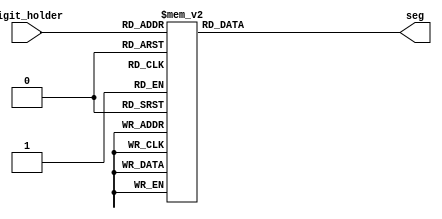
`timescale 1ns / 1ps
//////////////////////////////////////////////////////////////////////////////////
// Company: 
// Engineer: 
// 
// Design Name: 
// Module Name: seg_mapping
// Project Name: 
// Target Devices: 
// Tool Versions: 
// Description: 
// 
// Dependencies: 
// 
// Revision:
// Revision 0.01 - File Created
// Additional Comments:
// 
//////////////////////////////////////////////////////////////////////////////////


module seg_mapping(
    input [4:0] digit_holder,
    output reg [6:0] seg
    );
    
    //Maps current anonde to a cathode mapping representive of the digit in the output
    always @(*)begin
        case (digit_holder) 
            5'b00000 : seg <= 7'b0000001;
            5'b00001 : seg <= 7'b1001111;
            5'b00010 : seg <= 7'b0010010;
            5'b00011 : seg <= 7'b0000110;
            5'b00100 : seg <= 7'b1001100;          
            5'b00101 : seg <= 7'b0100100;
            5'b00110 : seg <= 7'b0100000;
            5'b00111 : seg <= 7'b0001111;
            5'b01000 : seg <= 7'b0000000;
            5'b01001 : seg <= 7'b0000100;
            5'b01010 : seg <= 7'b0001000;
            5'b01011 : seg <= 7'b1100000;
            5'b01100 : seg <= 7'b0110001;
            5'b01101 : seg <= 7'b1000010;
            5'b01110 : seg <= 7'b0110000;
            5'b01111 : seg <= 7'b0111000;
            5'b10000 : seg <= 7'b1111111;
            5'b10001 : seg <= 7'b1111110;
            default: seg <= 7'b1111111;
        endcase
    end
endmodule